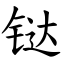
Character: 𫟼